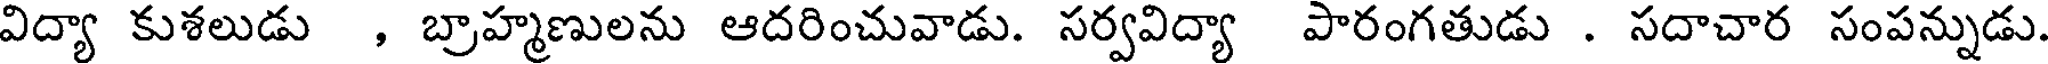
విద్యా కుశలుడు , బ్రాహ్మణులను ఆదరించువాడు. సర్వవిద్యా పారంగతుడు . సదాచార సంపన్నుడు.